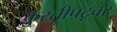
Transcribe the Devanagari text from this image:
कुस्तीपटूवर